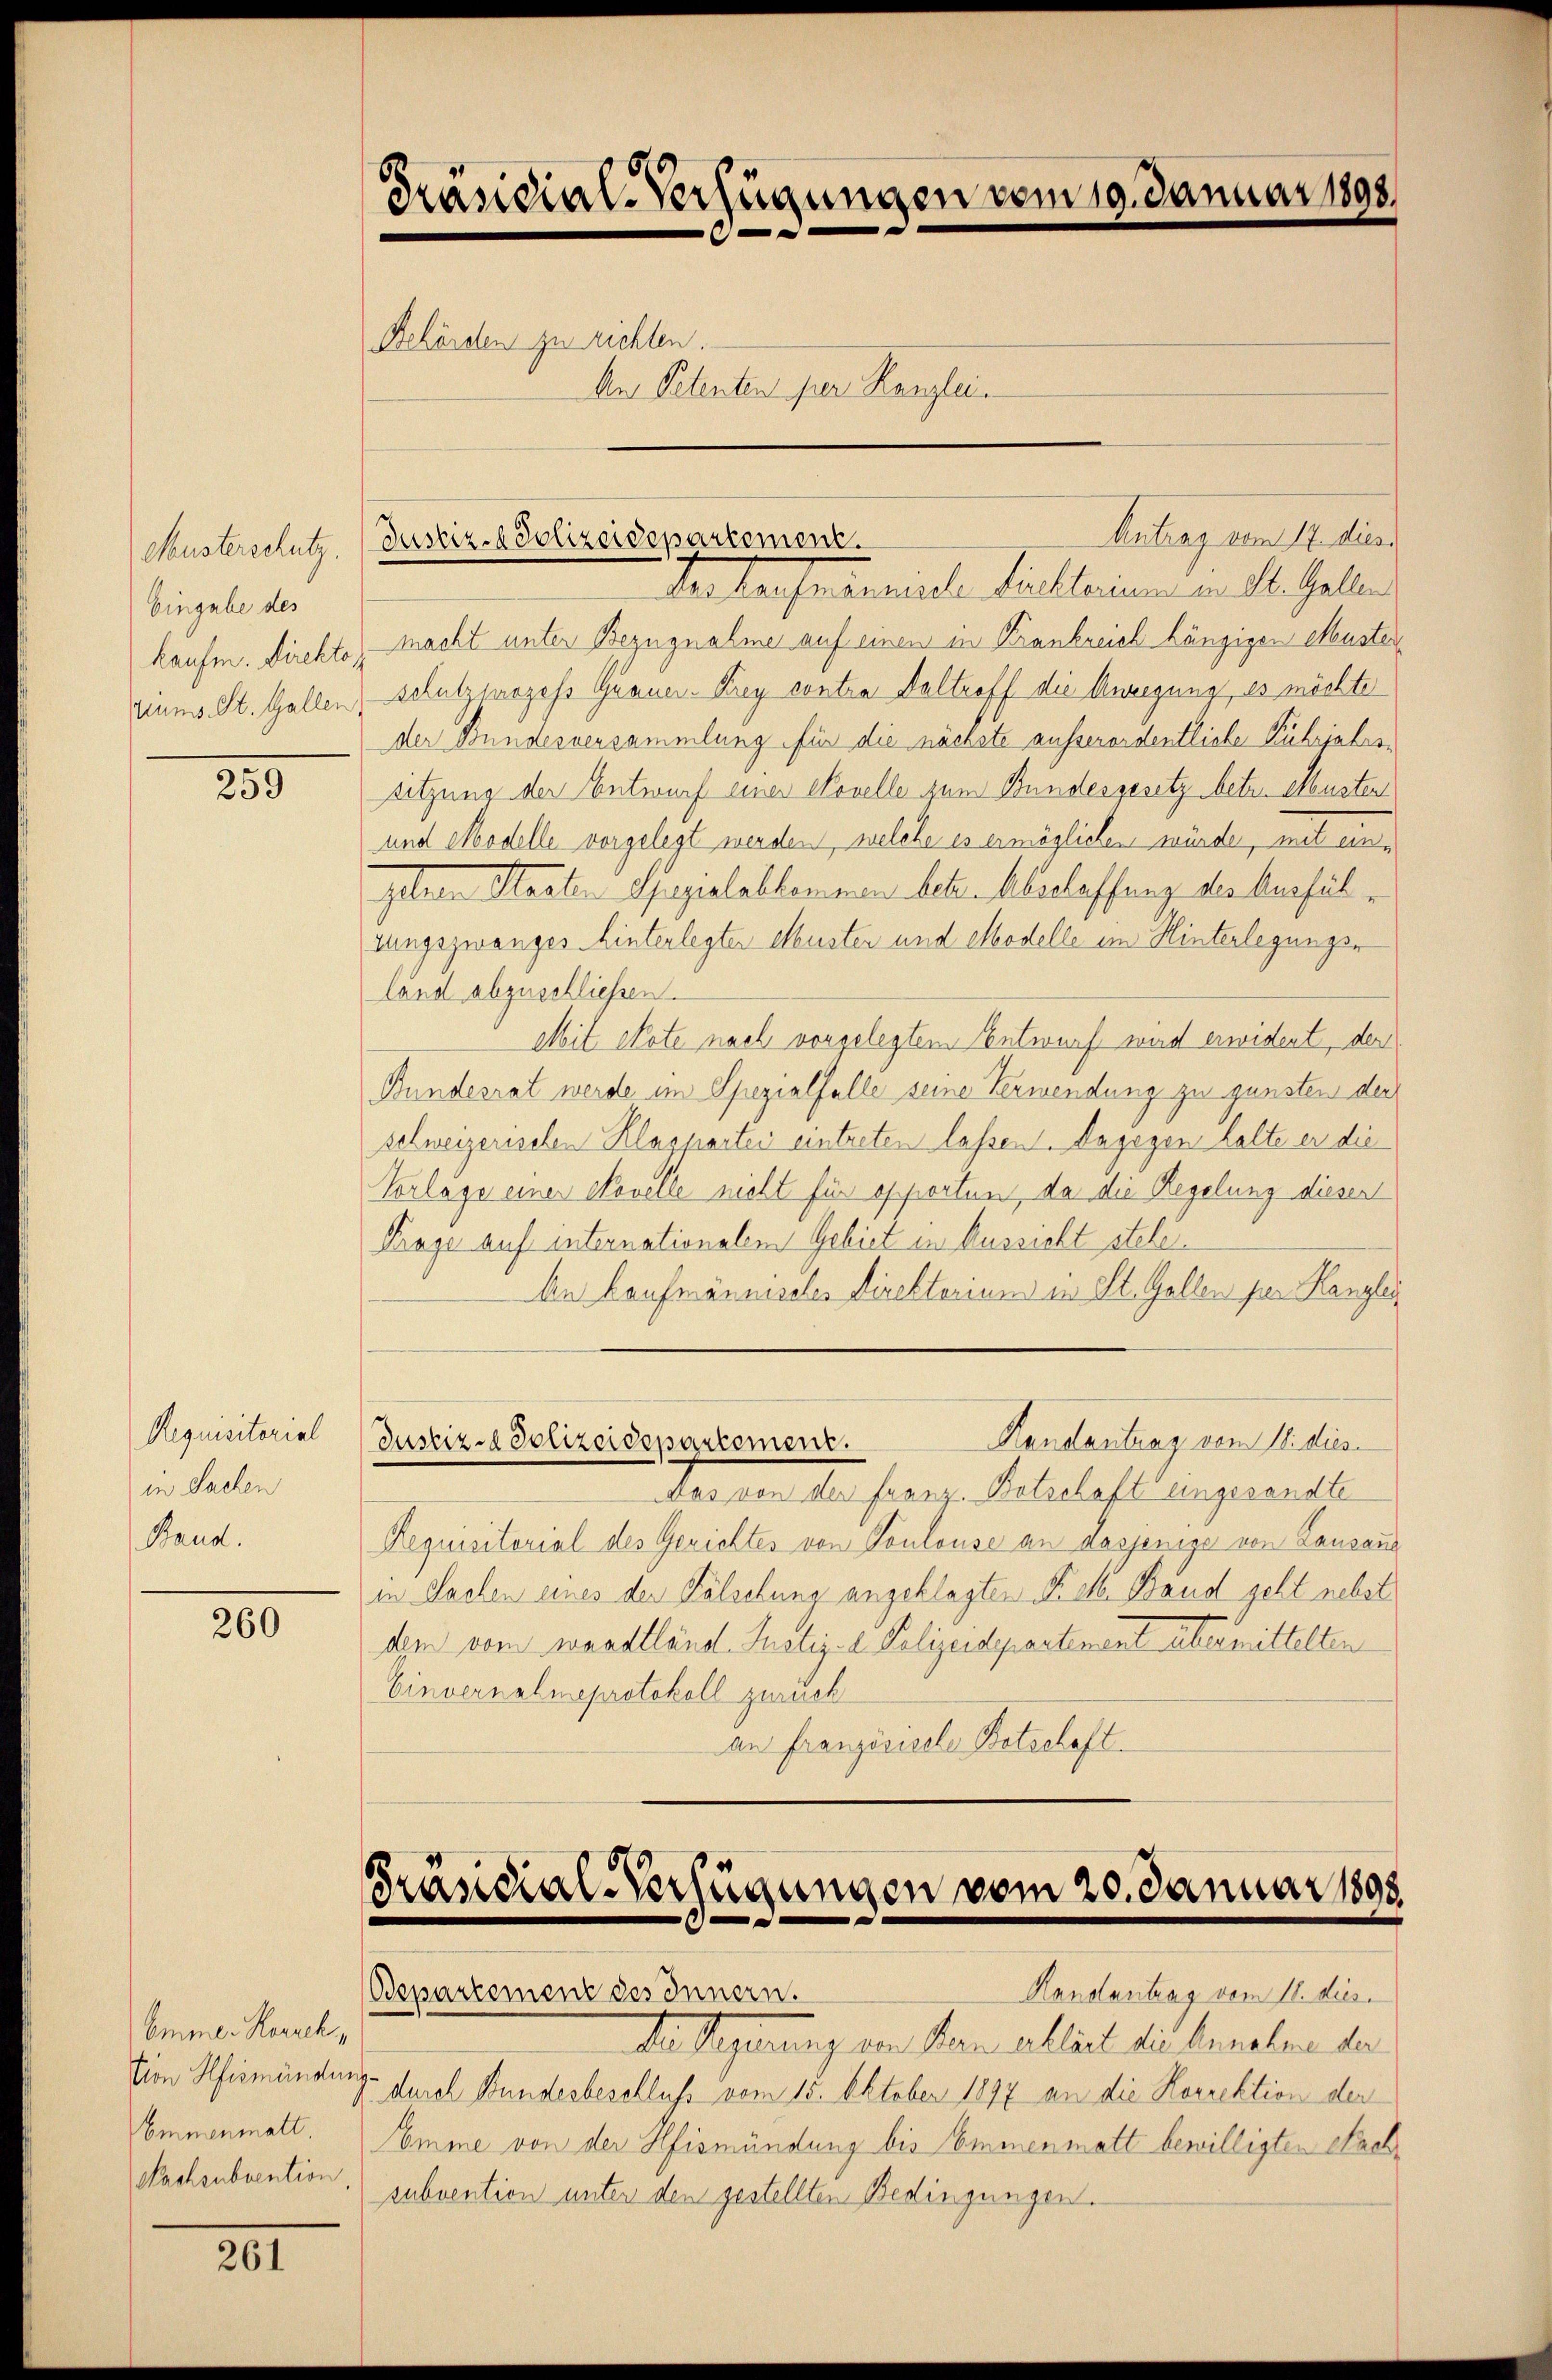
Musterschutz.
Eingabe des
haufe. Direktor

250

Requisitorial
in Sachen
Band.

260

Emmer Koreck,
Emmenmatt.
Nachsubvention,

261

Präsidial-Verfügungen vom 19. Januar 1898.
Behörden zu richten.
An Petenten per Kanzlei.

Hertausentariale die kleinem an St. Gallen
macht unter Bezugnahme auf einen in Krankreich hängigen Muster
riums St. Gallen, schutzprozess Quaner-Krey contra Valtroff die Anregung, es möchte
der Bundesversammlung für die nächste ausserordentliche Kuhrjahrssitzung der Entwurf einer Novelle zum Bundesgesetz betr. Albuster
und Modelle vorgelegt werden, welche es ermöglichen würde, mit eine
gebenen Staaten Spezialabkommen betr. Abschaffung des Ausfühlungszwanges hinterlegter Musten und Modelle im Hinterlegungsland abzuschließen.
Mit Note nach vorgelegtem Entwurf wird erwidert, den
Bundesrat werde im Spezialfalle seine Verwendung zu gunsten der
schweizerischen Klaspartei eintreten lassen. Dagegen halte er die
Vorlage einer Novelle nicht für opporten, da die Regelung diesen
Krage auf internationalem Gebiet in Aussicht stehe.
An Laufmännisches Direktorium in St. Gallen per Kanzlei
Handantrag vom 18. dies
Justiz-Polizeidepartement.
das von der Franz. Botschaft eingesandte
Requisitorial des Gerichtes von Toulouse an dasjenige von Lausaus
in Sachen eines der Fälschung angeklagten N. M. Band geht nebst
den vom waadtländ. Justiz-C. Polizeidepartement übermittelten
Einvernalmeprotokoll zurück
an Französische Botschaft.

Justiz-Polizeidepartement

Antrag vom 14. Juni

Präsidial-Verfügungen vom 20. Januar 1898
Bepartement des Innern.
Handantrag vom 11. dies

Der Regierung von Man alleich die benahme der
tion Hismündung durch Bundesbeschluß vom 15. Oktober 1897 an die Korrektion der
Somme von der Hfismündung bis Emmenmatt bewilligten Nachsubvention unter den gestellten Bedingungen.